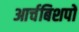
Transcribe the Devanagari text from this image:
आर्चबिशपों